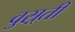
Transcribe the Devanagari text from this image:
वुस़्ती